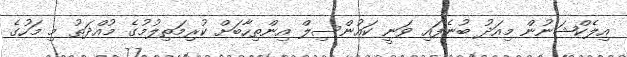
އިލެކްޝަނުން މިއަދު ބުނެފައި ވަނީ ކައުންސިލް އިންތިހާބަށް ކުރިމަތިލުމުގެ މުއްދަތު މި މަހުގެ